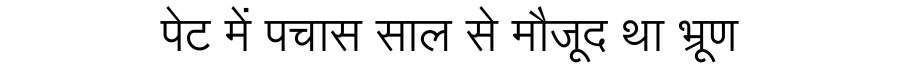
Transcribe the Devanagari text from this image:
पेट में पचास साल से मौजूद था भ्रूण